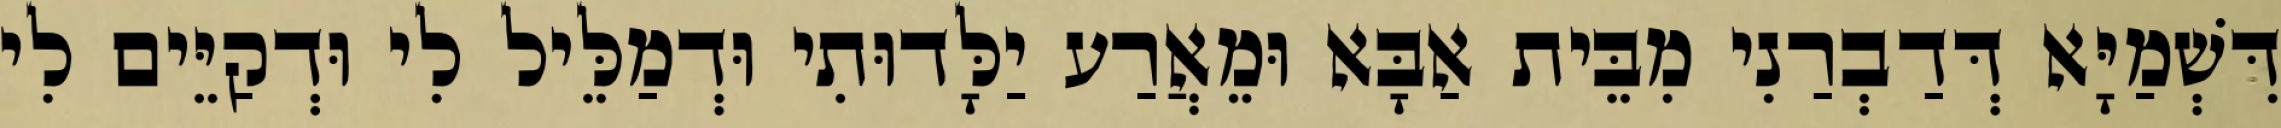
דִּשְׁמַיָּא דְּדַבְרַנִי מִבֵּית אַבָּא וּמֵאֲרַע יַלָּדוּתִי וּדְמַלֵּיל לִי וּדְקַיֵּים לִי